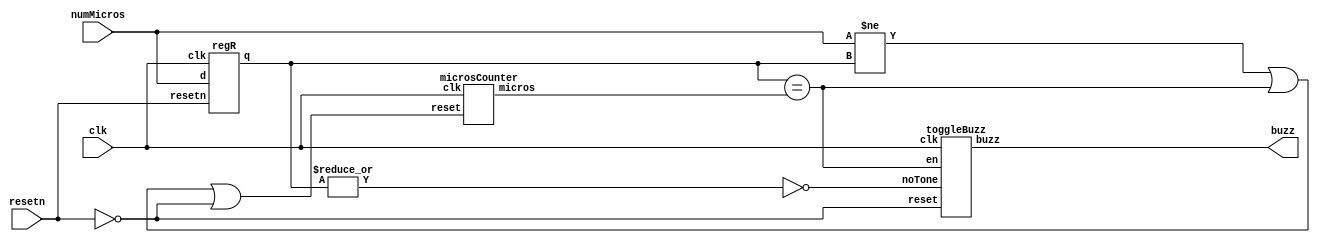
/*
 * Buzzer hardware for the Nexys4 DDR board running at 50 MHz
 *
 * 19 March 2017
 */

module buzzer(
              input        clk,
              input        resetn,
              input [31:0] numMicros,
              output       buzz);

  wire noTone;
  wire resetCnt; 
  wire microsEq;
  wire [31:0] cntMicros;
  wire [31:0] numMicrosCurr;

  assign resetCnt = (numMicros != numMicrosCurr) | microsEq | ~resetn;
  assign noTone = ~|numMicrosCurr;
  assign microsEq = (numMicrosCurr == cntMicros);

  regR regNumMicros(clk, resetn, numMicros, numMicrosCurr);
  microsCounter microsCounter(clk, resetCnt, cntMicros);
  toggleBuzz toggleBuzz(clk, ~resetn, noTone, microsEq, buzz);

endmodule


module microsCounter(input              clk,
                     input              reset,
                     output reg [31:0]  micros);
  reg [5:0] cnt;

  always @(posedge clk)
    if (reset) begin
      cnt    <=  6'b0;
      micros <= 32'b0;
    end
    else begin 
      if (cnt == 6'd50) begin
        cnt <= 6'b0;
        micros <= micros + 1;
      end 
      else
        cnt <= cnt + 1;
    end

endmodule

module toggleBuzz(input        clk, 
                  input        reset,
                  input        noTone, 
                  input        en,
                  output reg   buzz);

  always @(posedge clk)
    if (reset | noTone)
      buzz <= 1'b0;
    else if (en)
      buzz <= ~buzz;

endmodule


module regR
#(parameter WIDTH=32)
(           input                    clk, 
            input                    resetn, 
            input      [(WIDTH-1):0] d, 
            output reg [(WIDTH-1):0] q);

  always @(posedge clk, negedge resetn)
    if (~resetn)
      q <= 0;
    else
      q <= d;

endmodule